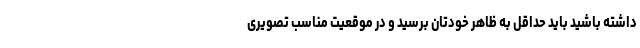
داشته باشید باید حداقل به ظاهر خودتان برسید و در موقعیت مناسب تصویری